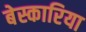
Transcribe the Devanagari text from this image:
बेस्कारिया